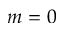
m = 0